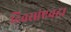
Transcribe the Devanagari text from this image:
दिवसांएवढा